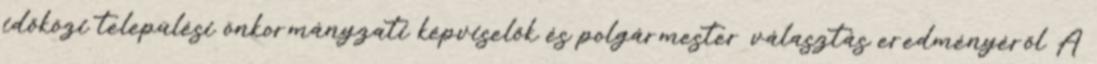
időközi települési önkormányzati képviselők és polgármester választás eredményéről A